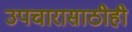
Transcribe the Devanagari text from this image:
उपचारासाठीही